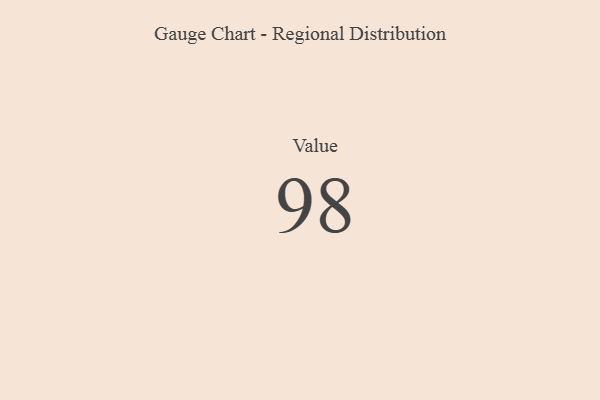
{"axis": {"x": "Metric", "y": "Value"}, "legend": [""], "data": [{"x": "Value", "y": 98, "type": ""}]}